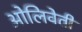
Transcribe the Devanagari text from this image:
ओलिवेती